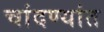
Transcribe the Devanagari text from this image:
चांदण्यांत